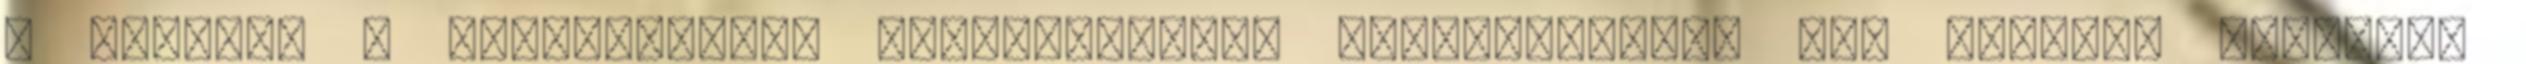
a kutatók a félrelépések dinamikájának feltárásakor. Így leírták például,